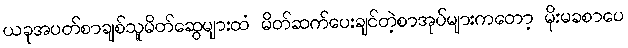
ယခုအပတ်စာချစ်သူမိတ်ဆွေများထံ မိတ်ဆက်ပေးချင်တဲ့စာအုပ်များကတော့ မိုးမခစာပေ